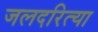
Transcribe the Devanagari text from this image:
जलदरित्या